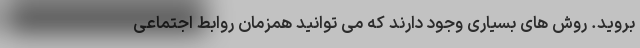
بروید. روش های بسیاری وجود دارند که می توانید همزمان روابط اجتماعی